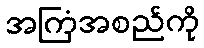
အကြံအစည်ကို